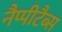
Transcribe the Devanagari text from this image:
नैप्पीटैब्स